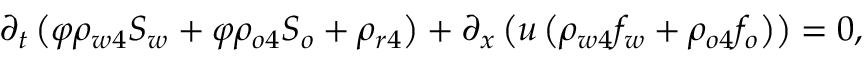
\begin{array} { r } { \partial _ { t } \left( \varphi \rho _ { w 4 } S _ { w } + \varphi \rho _ { o 4 } S _ { o } + \rho _ { r 4 } \right) + \partial _ { x } \left( u \left( \rho _ { w 4 } f _ { w } + \rho _ { o 4 } f _ { o } \right) \right) = 0 , } \end{array}